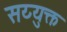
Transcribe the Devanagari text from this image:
सय्युक्त